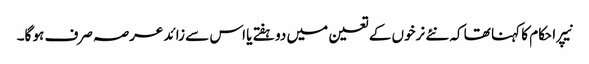
نیپرا حکام کا کہنا تھا کہ نئے نرخوں کے تعین میں دو ہفتے یا اس سے زائد عرصہ صرف ہو گا۔